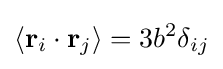
\langle \mathbf {r} _{i}\cdot \mathbf {r} _{j}\rangle =3b^{2}\delta _{ij}